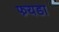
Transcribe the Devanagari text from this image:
फयडा